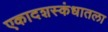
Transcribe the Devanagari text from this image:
एकादशस्‍कंधातला